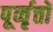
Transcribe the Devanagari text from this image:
पूर्व्वृत्तों